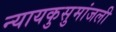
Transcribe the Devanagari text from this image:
न्यायकुसुमांजली